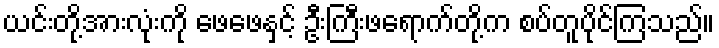
ယင်းတို့အားလုံးကို ဖေဖေနှင့် ဦးကြီးဖရောက်တို့က စပ်တူပိုင်ကြသည်။